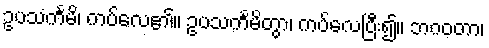
ဥပသင်္ကမိ၊ ကပ်လေ၏။ ဥပသင်္ကမိတွာ၊ ကပ်လေပြီး၍။ ဘဂဝတာ၊